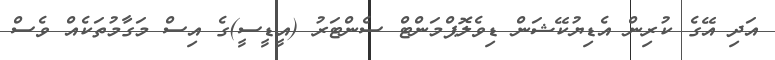
އަދި އޭގެ ކުރިން އެޑިޔުކޭޝަން ޑިވެލޮޕްމަންޓް ސެންޓަރު (އީޑީސީ)ގެ އިސް މަގާމުތަކެއް ވެސް